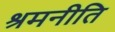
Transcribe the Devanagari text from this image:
श्रमनीति